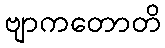
ဗျာကတောတိ